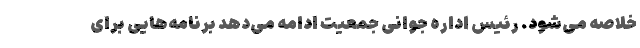
خلاصه می‌شود. رئیس اداره جوانی جمعیت ادامه می‌دهد برنامه‌هایی برای